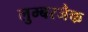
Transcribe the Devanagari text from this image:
लुम्बरजैक